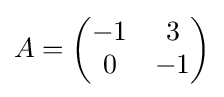
A={\begin{pmatrix}-1&3\\0&-1\end{pmatrix}}